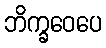
ဘိက္ခဝေပေ